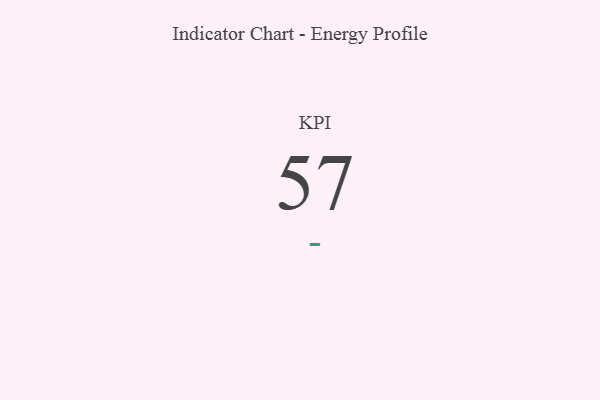
{"axis": {"x": "KPI", "y": "Value"}, "legend": [""], "data": [{"x": "KPI", "y": 57, "type": ""}]}